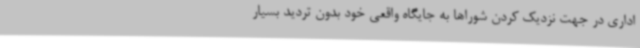
اداری در جهت نزدیک کردن شوراها به جایگاه واقعی خود بدون تردید بسیار